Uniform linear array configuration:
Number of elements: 12
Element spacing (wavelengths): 0.75
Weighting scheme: exponential
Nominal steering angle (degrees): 15
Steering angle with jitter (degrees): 15.824
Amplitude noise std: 0.05
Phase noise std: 0.05

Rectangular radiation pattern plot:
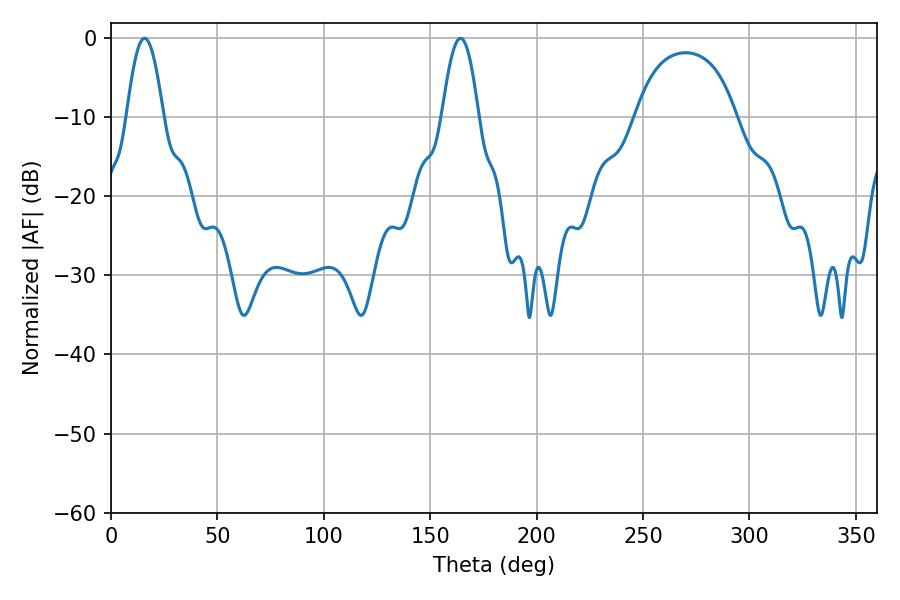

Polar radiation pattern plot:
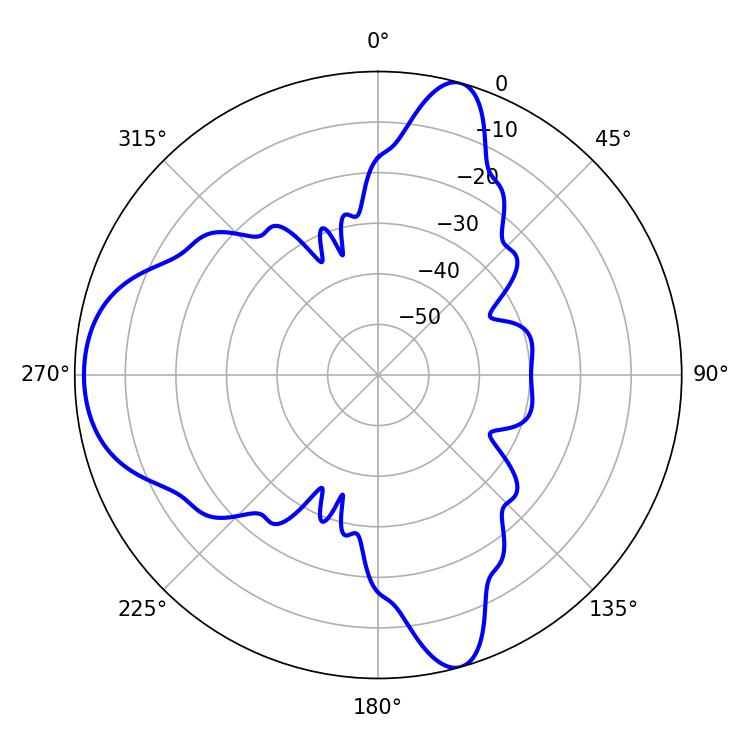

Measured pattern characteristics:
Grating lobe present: TRUE
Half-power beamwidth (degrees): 9.36
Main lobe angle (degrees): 15.84